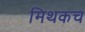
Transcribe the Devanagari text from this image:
मिथकच